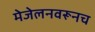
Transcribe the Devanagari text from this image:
मेजेलनवरूनच